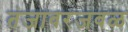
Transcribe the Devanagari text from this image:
तंजावरजवळ